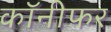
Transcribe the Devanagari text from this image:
कॉनीफर